Lunatic asylums Central Provinces reports 1886-1894 - 1886-1894
Year: 1886
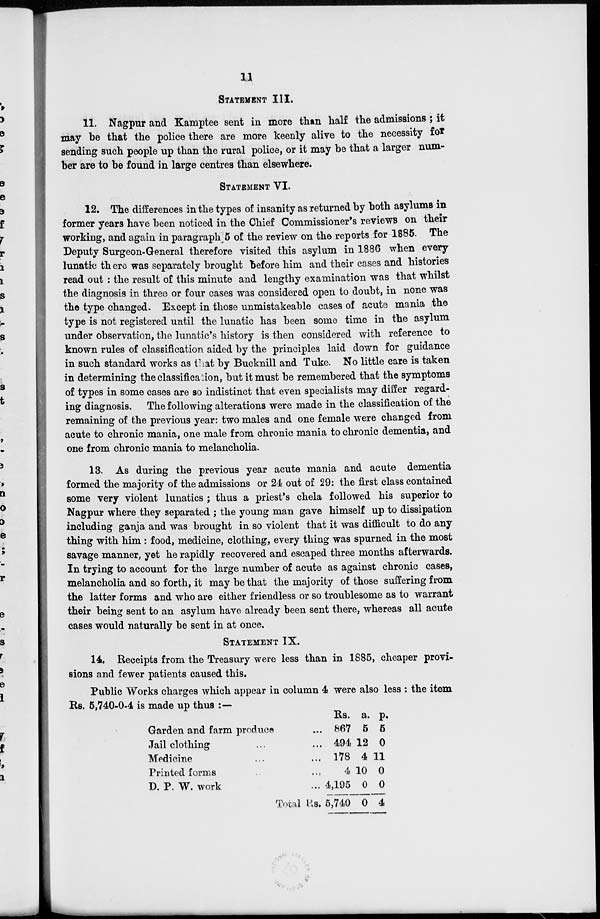
11
STATEMENT III.
11. Nagpur and Kamptee sent in more than half the admissions ; it
may be that the police there are more keenly alive to the necessity for
sending such people up than the rural police, or it may be that a larger num-
ber are to be found in large centres than elsewhere.
STATEMENT VI.
12. The differences in the types of insanity as returned by both asylums in
former years have been noticed in the Chief Commissioner's reviews on their
working, and again in paragraph 5 of the review on the reports for 1885. The
Deputy Surgeon-General therefore visited this asylum in 1886 when every
lunatic there was separately brought before him and their cases and histories
read out : the result of this minute and lengthy examination was that whilst
the diagnosis in three or four cases was considered open to doubt, in none was
the type changed. Except in those unmistakeable cases of acute mania the
type is not registered until the lunatic has been some time in the asylum
under observation, the lunatic's history is then considered with reference to
known rules of classification aided by the principles laid down for guidance
in such standard works as that by Bucknill and Tuke. No little care is taken
in determining the classification, but it must be remembered that the symptoms
of types in some cases are so indistinct that even specialists may differ regard-
ing diagnosis. The following alterations were made in the classification of the
remaining of the previous year: two males and one female were changed from
acute to chronic mania, one male from chronic mania to chronic dementia, and
one from chronic mania to melancholia.
13. As during the previous year acute mania and acute dementia
formed the majority of the admissions or 24 out of 29: the first class contained
some very violent lunatics ; thus a priest's chela followed his superior to
Nagpur where they separated ; the young man gave himself up to dissipation
including ganja and was brought in so violent that it was difficult to do any
thing with him : food, medicine, clothing, every thing was spurned in the most
savage manner, yet he rapidly recovered and escaped three months afterwards.
In trying to account for the large number of acute as against chronic cases,
melancholia and so forth, it may be that the majority of those suffering from.
the latter forms and who are either friendless or so troublesome as to warrant
their being sent to an asylum have already been sent there, whereas all acute
cases would naturally be sent in at once.
STATEMENT IX.
14. Receipts from the Treasury were less than in 1885, cheaper provi-
sions and fewer patients caused this.
Public Works charges which appear in column 4 were also less : the item
Rs. 5,740-0-4 is made up thus : —
Garden and farm produce ...
Jail clothing ... ...
Medicine ... ...
Printed forms ... ...
D. P. W. work ...
Total Rs.
Rs.
867
494
178
4
4,195
5,740
a.
5
12
4
10
0
0
p.
5
0
11
0
0
4